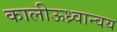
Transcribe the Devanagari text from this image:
कालीऊध्र्वान्वय